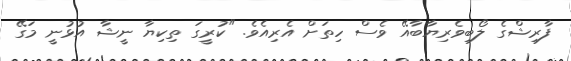
ފާރިޝްގެ ލޯބިވެރިޔާބާއޭ ވެސް ހިތަށް އެރިއެވެ. "ކުރީގަ ތިކިޔާ ނީޝާ އުޅުނީ މަގޭ